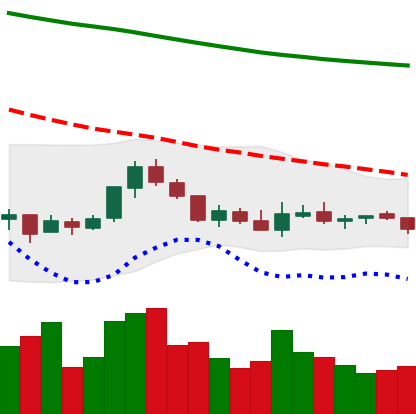
Ticker: NEO-USD
Chart end date: 2018-07-30
Forward return: -17.243%
Label: down_7plus